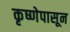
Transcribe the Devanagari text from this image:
कृष्णेपासून